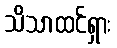
သိသာထင်ရှား